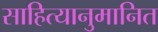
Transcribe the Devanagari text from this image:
साहित्यानुमानित